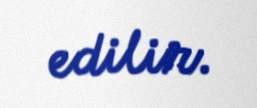
edilir.